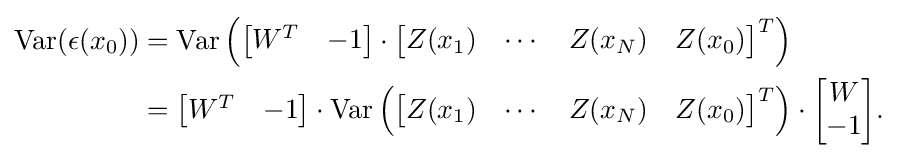
{\begin{aligned}\operatorname {Var} (\epsilon (x_{0}))&=\operatorname {Var} \left({\begin{bmatrix}W^{T}&-1\end{bmatrix}}\cdot {\begin{bmatrix}Z(x_{1})&\cdots &Z(x_{N})&Z(x_{0})\end{bmatrix}}^{T}\right)\\&={\begin{bmatrix}W^{T}&-1\end{bmatrix}}\cdot \operatorname {Var} \left({\begin{bmatrix}Z(x_{1})&\cdots &Z(x_{N})&Z(x_{0})\end{bmatrix}}^{T}\right)\cdot {\begin{bmatrix}W\\-1\end{bmatrix}}.\end{aligned}}